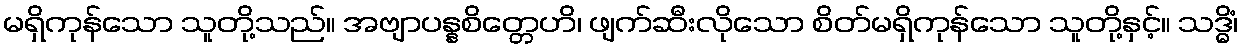
မရှိကုန်သော သူတို့သည်။ အဗျာပန္နစိတ္တေဟိ၊ ဖျက်ဆီးလိုသော စိတ်မရှိကုန်သော သူတို့နှင့်။ သဒ္ဓိံ၊